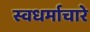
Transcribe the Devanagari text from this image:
स्वधर्माचारे